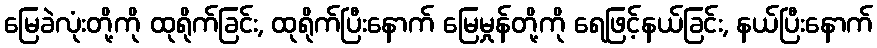
မြေခဲလုံးတို့ကို ထုရိုက်ခြင်း, ထုရိုက်ပြီးနောက် မြေမှုန်တို့ကို ရေဖြင့်နယ်ခြင်း, နယ်ပြီးနောက်